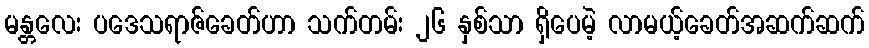
မန္တလေး ပဒေသရာဇ်ခေတ်ဟာ သက်တမ်း ၂၆ နှစ်သာ ရှိပေမဲ့ လာမယ့်ခေတ်အဆက်ဆက်